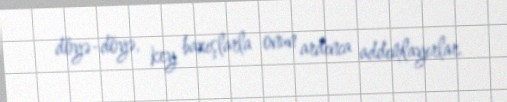
döyə-döyə, key baxışlarla onun ardınca addımlayırlar.